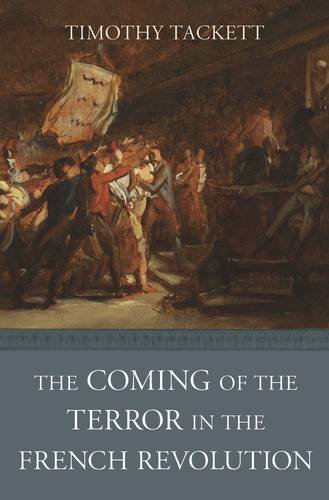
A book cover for The Coming of the Terror in the French Revolution; Timothy Tackett; History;